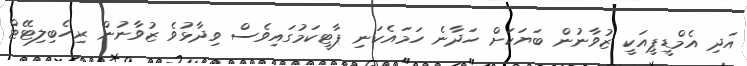
އަދި އެމްޑީޕީއަކީ ޒުވާނުން ބަޔަކަށް ހަދާނެ ހަމައެކަނި ޕާޓީކަމުގައިވެސް ވިދާޅުވެ ޒުވާނުން ރިހެބިލިޓޭޓް